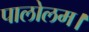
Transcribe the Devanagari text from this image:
पालोलम।